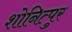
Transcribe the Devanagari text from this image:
शोनित्पुर